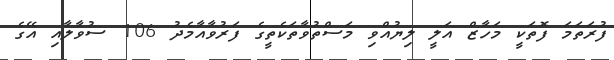
ފުރަތަމަ ފޮތަކީ މަހާޒް އަލީ ލިޔުއްވި މަސްތުވާތަކެތީގެ ފަރުވާއާމެދު 106 ސުވާލާއި އޭގެ